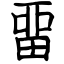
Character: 畱